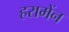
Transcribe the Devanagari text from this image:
हरामेंन